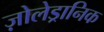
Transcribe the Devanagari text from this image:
ज़ोलेड्रानिक